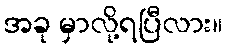
အခု မှာလို့ရပြီလား။